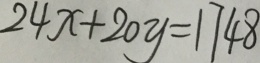
2 4 x + 2 0 y = 1 7 4 8